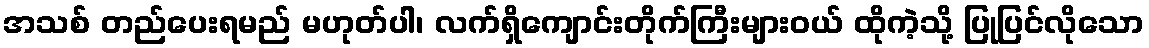
အသစ် တည်ပေးရမည် မဟုတ်ပါ၊ လက်ရှိကျောင်းတိုက်ကြီးများဝယ် ထိုကဲ့သို့ ပြုပြင်လိုသော